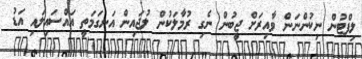
ލިފްޓުން ނިކުންނަން ވާއިރަށް ޖީބުން ނެގި ރުމާލަކުން ލުޖައިން އަނގަމަތީ އައްސައިލައި އަޑު